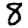
Digit: 8